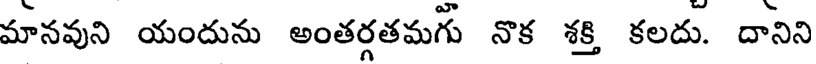
మానవుని యందును అంతర్గతమగు నొక శక్తి కలదు. దానిని